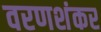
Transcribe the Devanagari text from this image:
वरणशंकर